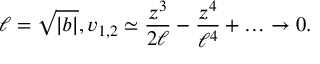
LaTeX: \ell = \sqrt { | b | } , v _ { 1 , 2 } \simeq \frac { z ^ { 3 } } { 2 \ell } - \frac { z ^ { 4 } } { \ell ^ { 4 } } + \ldots \rightarrow 0 .